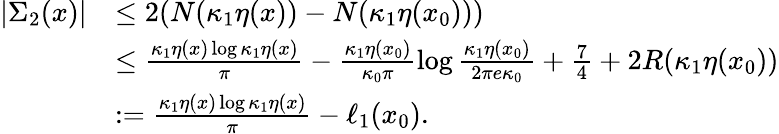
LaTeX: \begin{array}{rl}{|\Sigma_{2}(x)|}&{\leq 2(N(\kappa_{1}\eta(x))-N(\kappa_{1}\eta(x_{0})))}\\ &{\leq\frac{\kappa_{1}\eta(x)\log{\kappa_{1}\eta(x)}}{\pi}-\frac{\kappa_{1}\eta(x_{0})}{\kappa_{0}\pi}\log{\frac{\kappa_{1}\eta(x_{0})}{2\pi e\kappa_{0}}}+\frac{7}{4}+2R(\kappa_{1}\eta(x_{0}))}\\ &{:=\frac{\kappa_{1}\eta(x)\log{\kappa_{1}\eta(x)}}{\pi}-\ell_{1}(x_{0}).}\end{array}